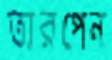
তারপেন